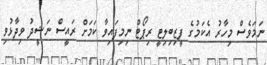
ނަމަވެސް މިހާރު އެކަމުގެ ފީޒިބިލިޓީ ރިޕޯޓް ނިމިފައިވާ ކަމަށް ރައީސް ނަޝީދު ވިދާޅުވި